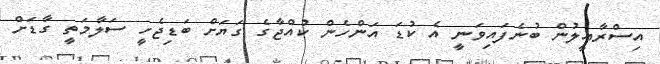
އިސްރާއީލުން ބުނެފައިވަނީ އެ ކުޑަ އަންހެން ކުއްޖާގެ ގަޔަށް ބަޑިޖެހީ ސަލާމަތީ ގާޑަށް